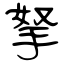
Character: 拏